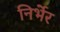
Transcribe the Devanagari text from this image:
निर्भेर